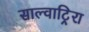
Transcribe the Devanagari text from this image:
साल्वाटिर्‍रा